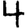
Digit: 4